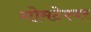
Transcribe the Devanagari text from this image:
गोमटेश्वर